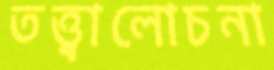
তত্ত্বালোচনা